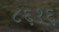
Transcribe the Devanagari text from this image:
८६१६